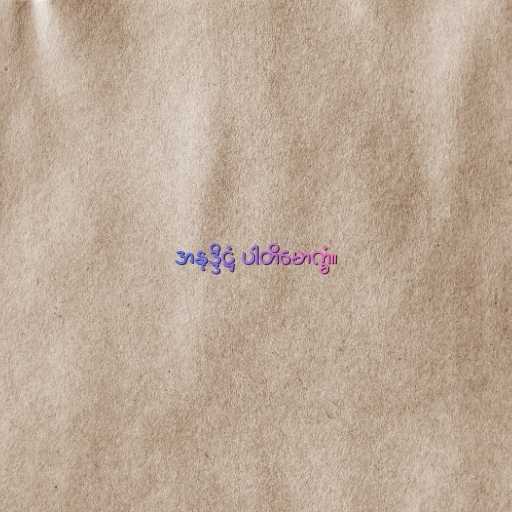
အနုဒ္ဒိဋ္ဌံ ပါတိမောက္ခံ။